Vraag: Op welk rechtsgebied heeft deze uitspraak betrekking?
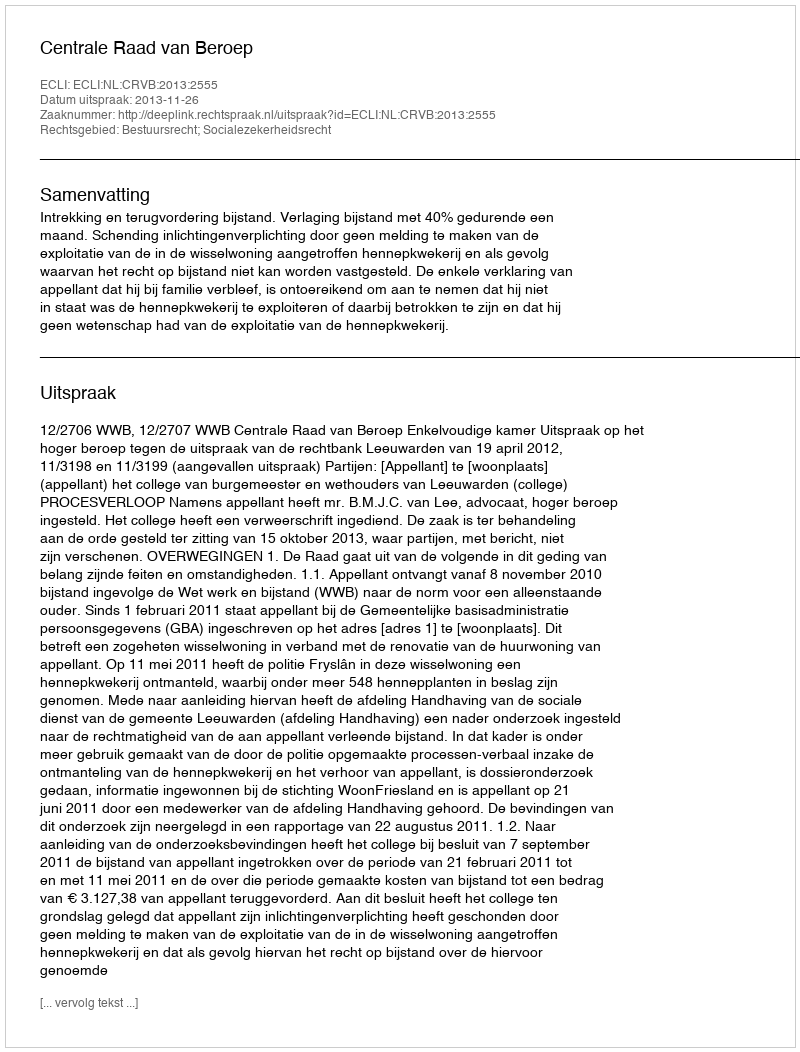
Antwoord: Bestuursrecht; Socialezekerheidsrecht